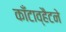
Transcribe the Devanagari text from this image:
काँटाव्हैटने